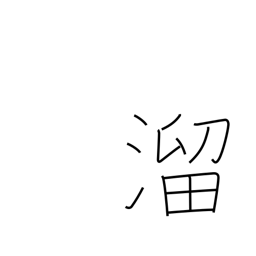
Meaning: collect